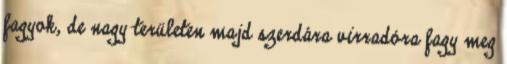
fagyok, de nagy területen majd szerdára virradóra fagy meg